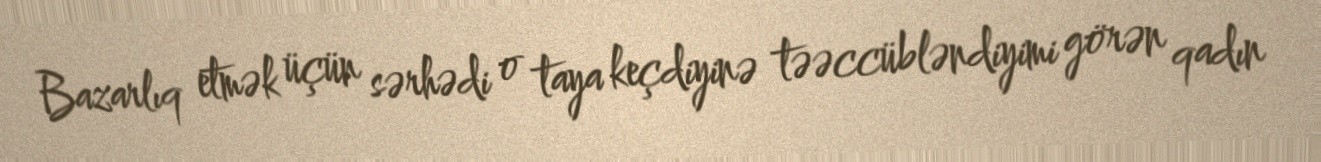
Bazarlıq etmək üçün sərhədi o taya keçdiyinə təəccübləndiyimi görən qadın